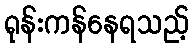
ရုန်းကန်နေရသည့်